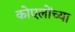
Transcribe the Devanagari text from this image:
कोएलोंच्या